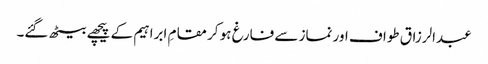
عبدالرزاق طواف اور نماز سے فارغ ہو کر مقامِ ابراہیم کے پیچھے بیٹھ گئے۔